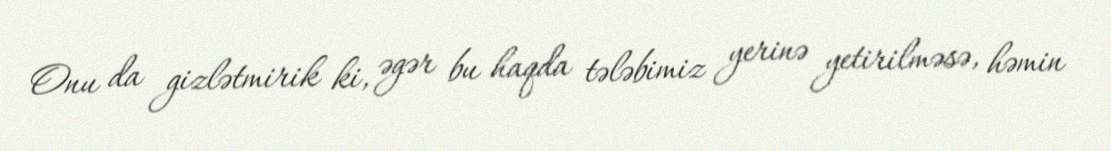
Onu da gizlətmirik ki, əgər bu haqda tələbimiz yerinə yetirilməsə, həmin